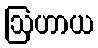
ဩဟာယ